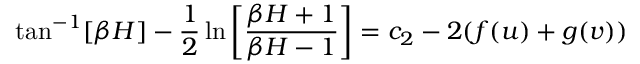
\tan ^ { - 1 } [ \beta H ] - \frac { 1 } { 2 } \ln \left[ \frac { \beta H + 1 } { \beta H - 1 } \right] = c _ { 2 } - 2 ( f ( u ) + g ( v ) )